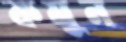
কমুন